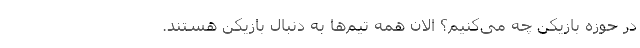
در حوزه بازیکن چه می‌کنیم؟ الان همه تیم‌ها به دنبال بازیکن هستند.